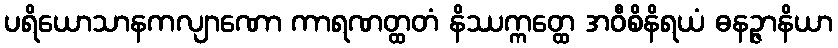
ပရိယောသာနကလျာဏော ကာရဏတ္ထတံ နိဿက္ကတ္ထေ အဝီစိနိရယံ ဓနဉ္ဇာနိယာ